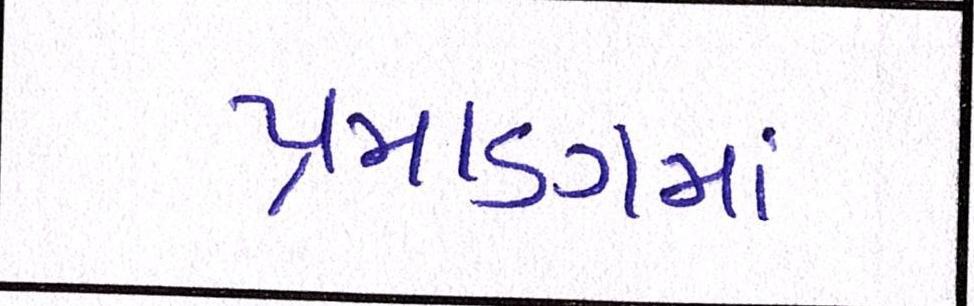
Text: પ્રમાણમાં